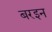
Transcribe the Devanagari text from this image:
बरइन